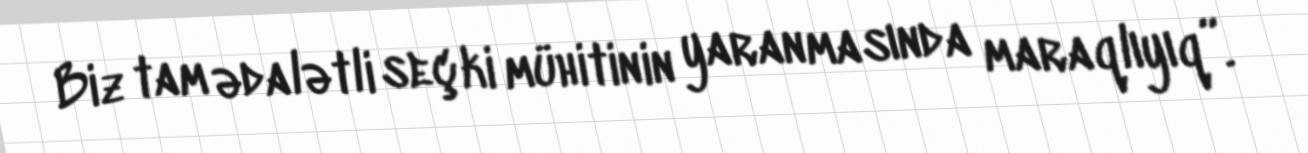
Biz tam ədalətli seçki mühitinin yaranmasında maraqlıyıq”.